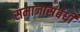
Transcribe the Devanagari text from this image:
समाजासंबंधी